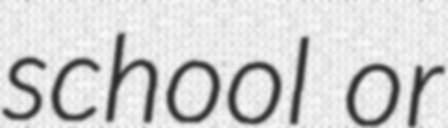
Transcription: school or